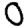
Digit: 0